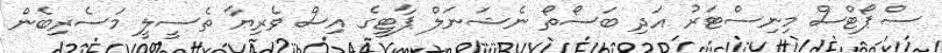
ސްޕޯޓްސް މިނިސްޓަރު އަދި ބަސޯތޯ ނެޝަނަލް ޕާޓީގެ އިސް ވެރިޔާ ތެސީލީ މަސެރިބެން